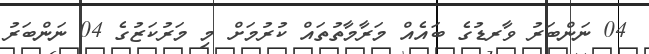
04 ނަންބަރު ވާރޑުގެ ބައެއް މަރާމާތުތައް ކުރުމަށް މި މަރުކަޒުގެ 04 ނަންބަރު